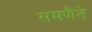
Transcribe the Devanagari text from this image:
समणैते